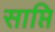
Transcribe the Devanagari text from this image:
साप्ति